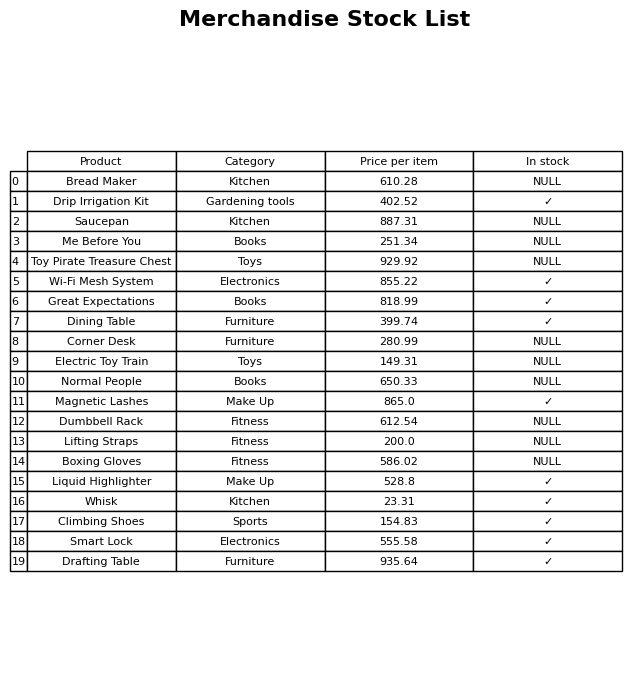
question: What is the price of the Dumbbell Rack?
answer: The price of Dumbbell Rack is 612.54.